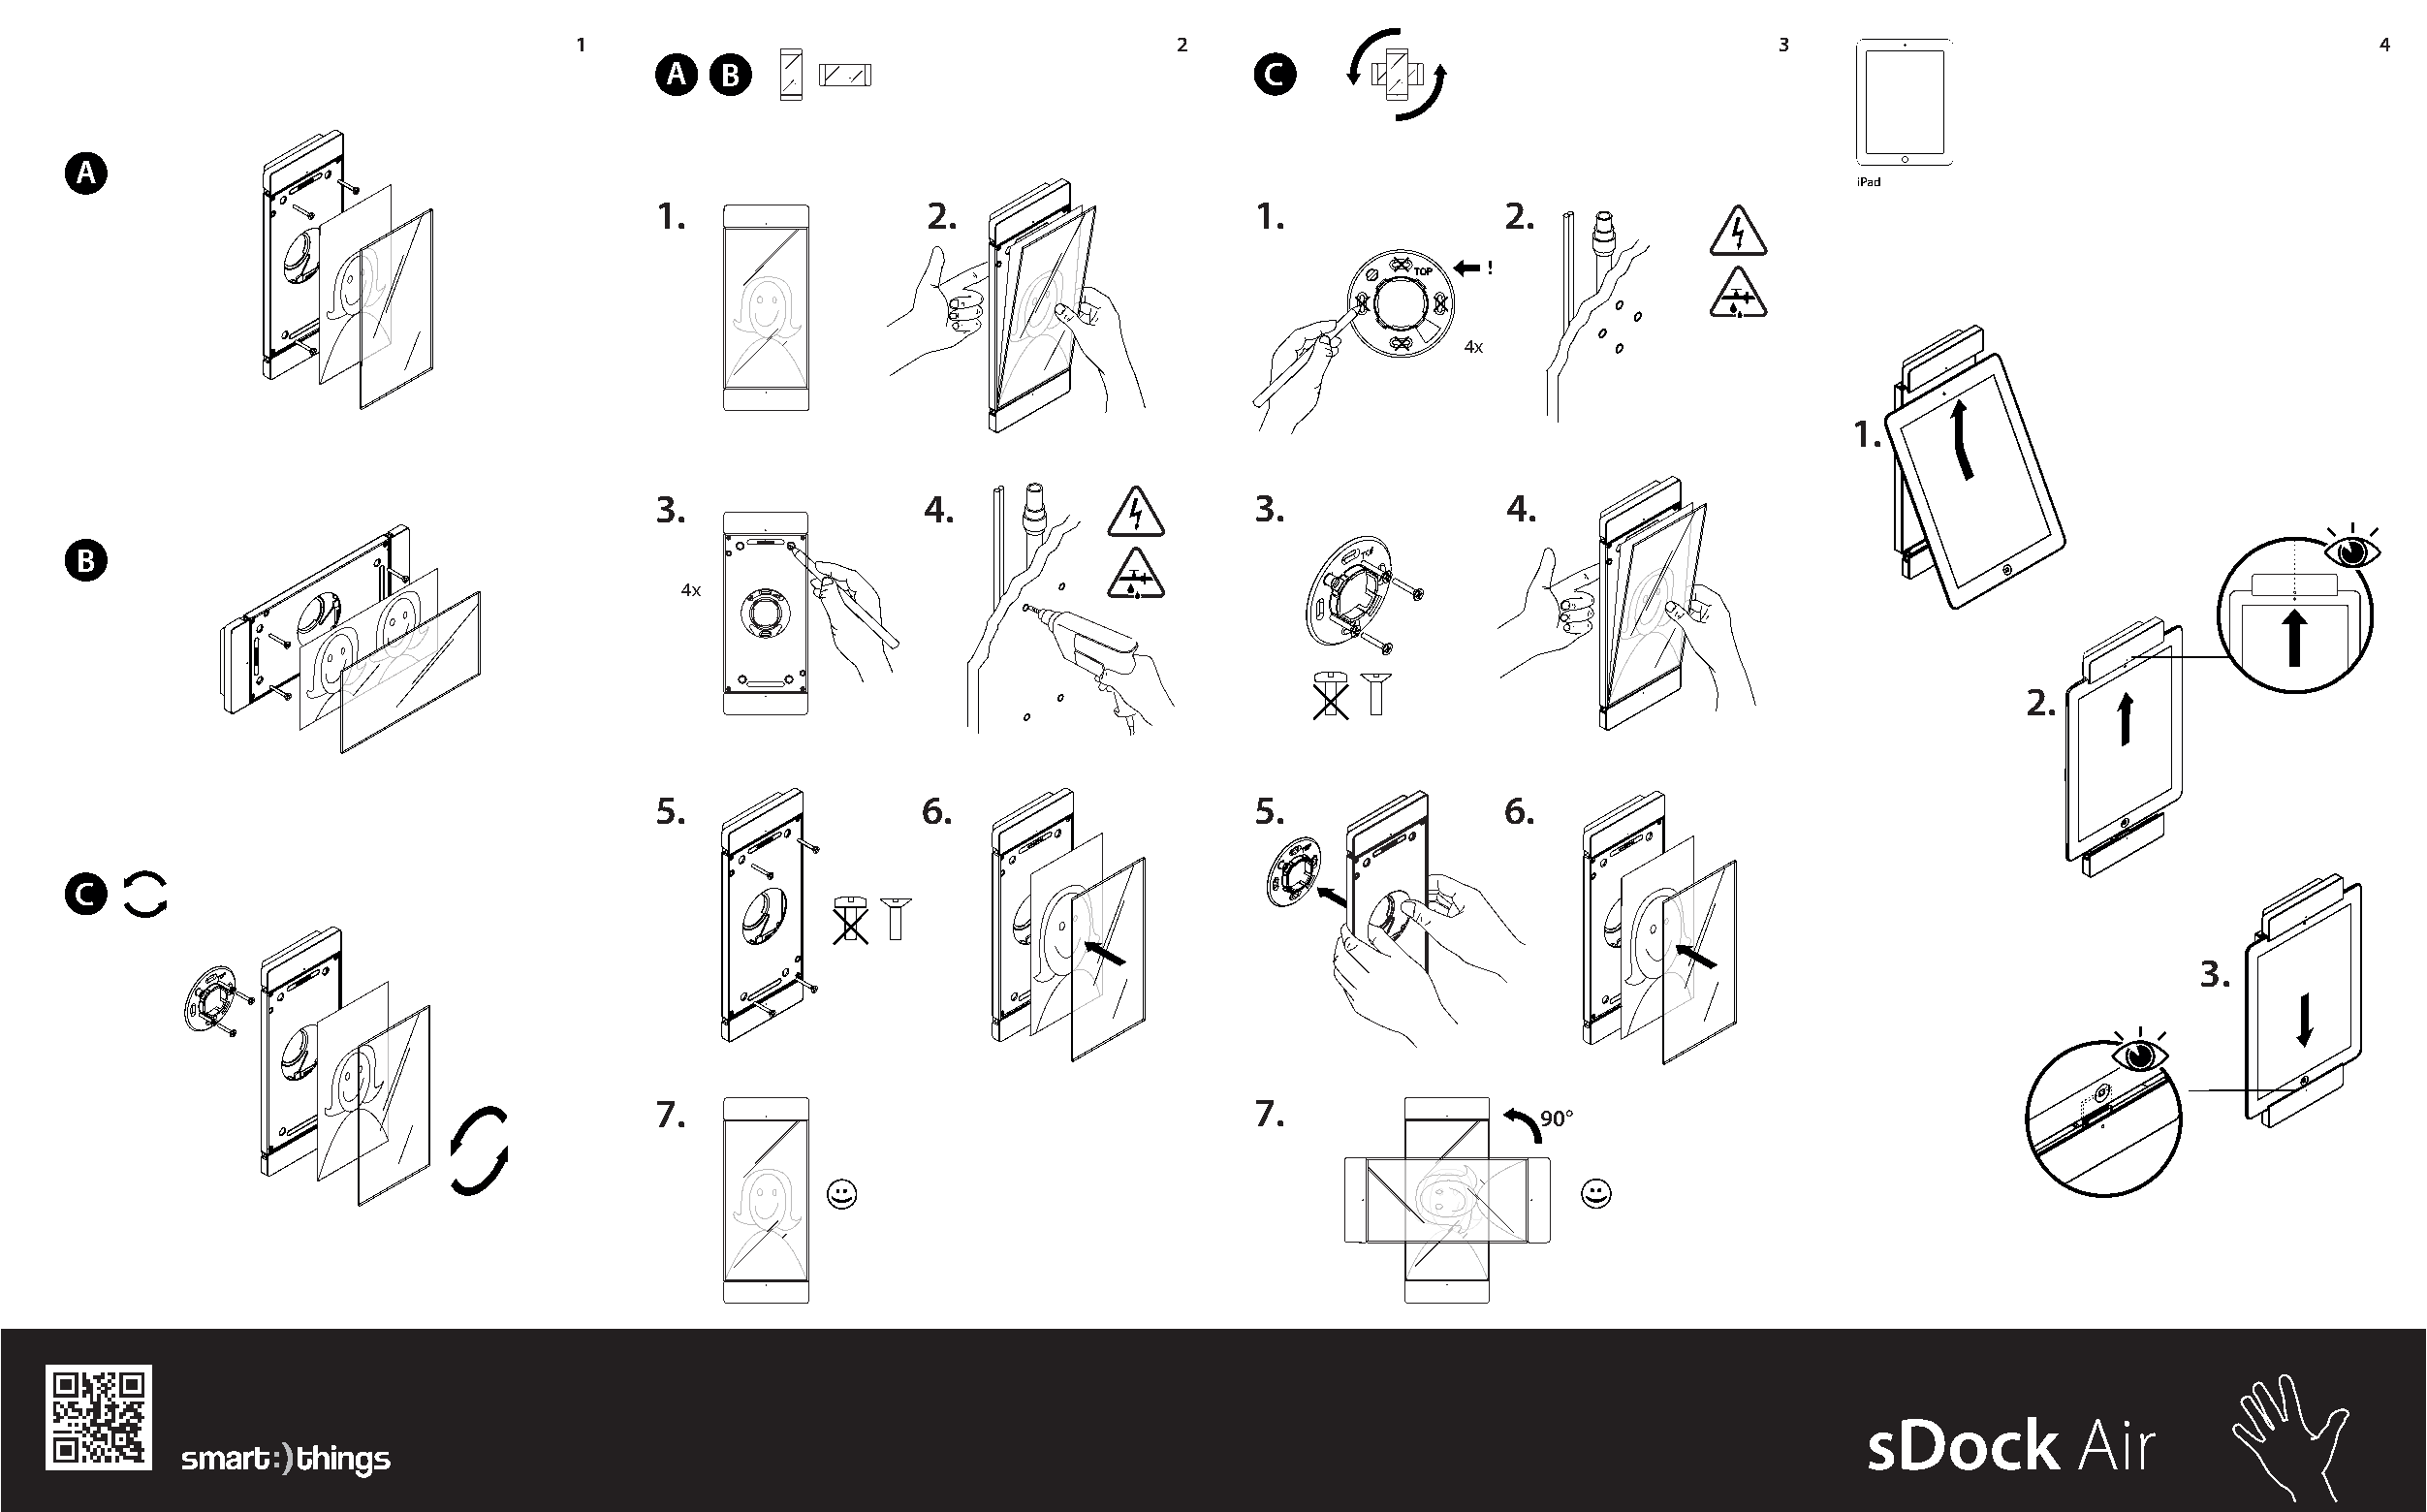
1                                        2                                        3                                         4
 A   B                                    C
 A
 1.                2.                     1.               2.
 4x
 1.
 3.                4.                     3.               4.
 B
 4x
 2.
 5.                6.                     5.               6.
 C
 3.
 7.                                       7.
 90°